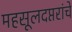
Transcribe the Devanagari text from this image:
महसूलदप्तरांचे